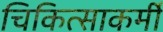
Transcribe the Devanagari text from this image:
चिकित्साकर्मी